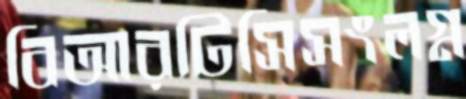
বিআরটিসিসংলগ্ন